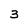
Character: 3